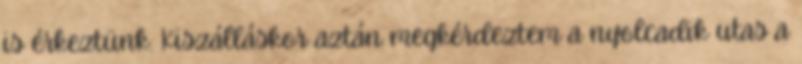
is érkeztünk. Kiszálláskor aztán megkérdeztem a nyolcadik utas a